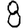
Digit: 8